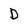
Character: D